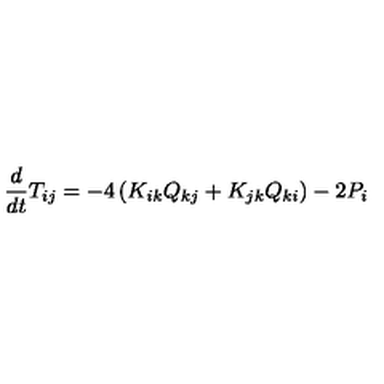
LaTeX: \frac { d } { d t } T _ { i j } = - 4 \left( K _ { i k } Q _ { k j } + K _ { j k } Q _ { k i } \right) - 2 P _ { i }